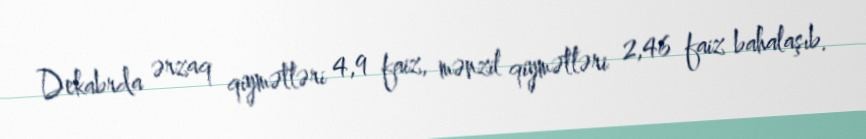
Dekabrda ərzaq qiymətləri 4,9 faiz, mənzil qiymətləri 2,46 faiz bahalaşıb.